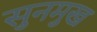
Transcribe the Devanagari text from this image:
सुनमुख